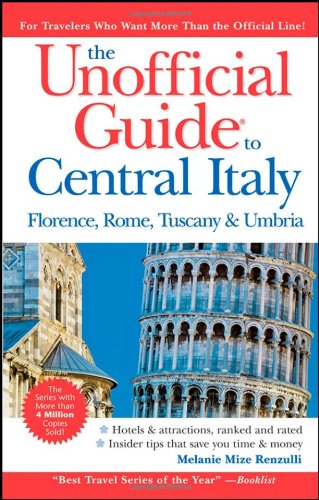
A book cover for The Unofficial Guide to Central Italy: Florence, Rome, Tuscany, and Umbria (Unofficial Guides); Melanie Mize Renzulli; Travel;